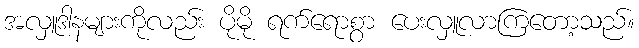
အလှူဒါနများကိုလည်း ပိုမို ရက်ရောစွာ ပေးလှူလာကြတော့သည်။